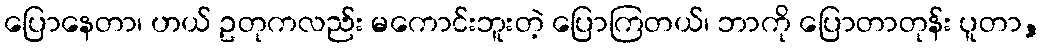
ပြောနေတာ၊ ဟယ် ဥတုကလည်း မကောင်းဘူးတဲ့ ပြောကြတယ်၊ ဘာကို ပြောတာတုန်း ပူတာ,